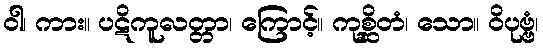
ဝါ၊ ကား။ ပဋိကူလတ္တာ၊ ကြောင့်။ ကုစ္ဆိတံ၊ သော။ ဝိပုဗ္ဗံ၊